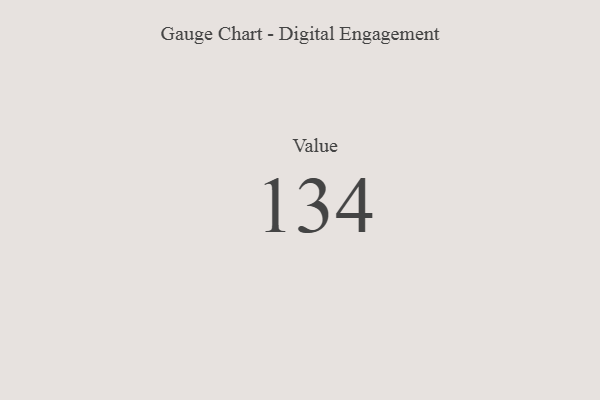
{"axis": {"x": "Metric", "y": "Value"}, "legend": [""], "data": [{"x": "Value", "y": 134, "type": ""}]}